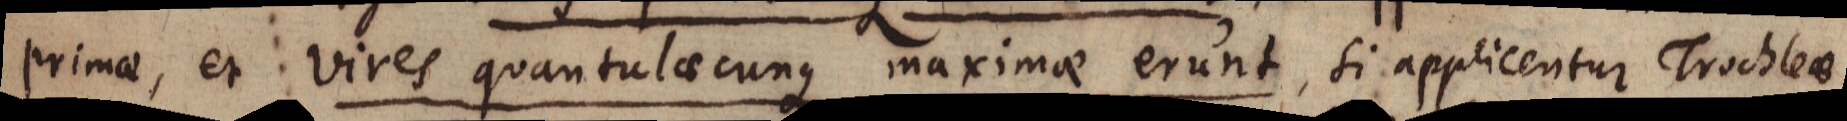
primae, et vires quantulaecunque maximae erunt, si applicentur Trochleae